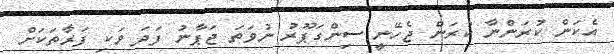
އެކަން ކުރަންނާ ކުރަން ޖެހޭނީ ސިންގަޕޫރު ނުވަތަ ޖަޕާނު ފަދަ ވަކި ފަރާތަކަށް